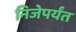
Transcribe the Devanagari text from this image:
निजेपर्यंत